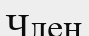
Член